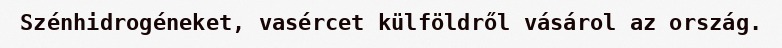
Szénhidrogéneket, vasércet külföldről vásárol az ország.